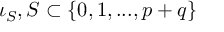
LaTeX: \iota _ { S } , S \subset \{ 0 , 1 , . . . , p + q \}